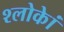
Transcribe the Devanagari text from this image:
श्लोकेां